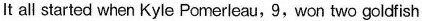
It all started when Kyle Pomerleau,9,won two goldfish